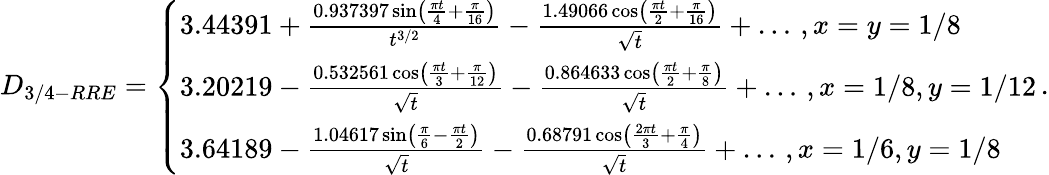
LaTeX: D_{3/4-RRE}=\left\{ \begin{array}{ll}{3.44391+\frac{0.937397\sin\left(\frac{\pi t}{4}+\frac{\pi}{16}\right)}{t^{3/2}}-\frac{1.49066\cos\left(\frac{\pi t}{2}+\frac{\pi}{16}\right)}{\sqrt{t}}+\dots\, ,x=y=1/8}\\ {3.20219-\frac{0.532561\cos\left(\frac{\pi t}{3}+\frac{\pi}{12}\right)}{\sqrt{t}}-\frac{0.864633\cos\left(\frac{\pi t}{2}+\frac{\pi}{8}\right)}{\sqrt{t}}+\dots\, ,x=1/8,y=1/12}\\ {3.64189-\frac{1.04617\sin\left(\frac{\pi}{6}-\frac{\pi t}{2}\right)}{\sqrt{t}}-\frac{0.68791\cos\left(\frac{2\pi t}{3}+\frac{\pi}{4}\right)}{\sqrt{t}}+\dots\, ,x=1/6,y=1/8}\end{array}\right.\, .